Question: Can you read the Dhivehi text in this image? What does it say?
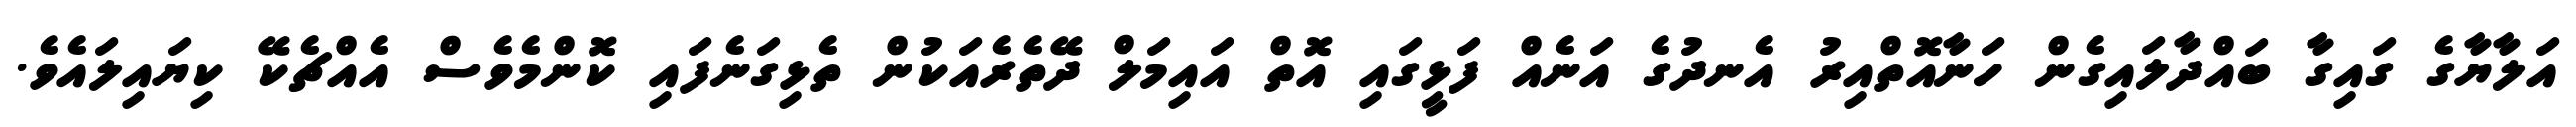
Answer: އަލާޔާގެ ގައިގާ ބައްދާލައިގެން ހަނާއޮތްއިރު އެނދުގެ އަނެއް ފަޅީގައި އޮތް އައިމަލް ދޭތެރެއަކުން ތެޅިގަނެފައި ކޮންމެވެސް އެއްޗެކޭ ކިޔައިލައެވެ.